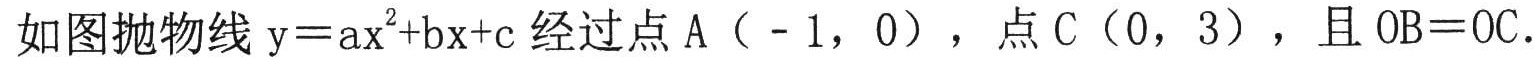
如图抛物线\(y = ax^{2}+bx + c\)经过点\(A(-1,0)\)，点\(C(0,3)\)，且\(OB = OC\).